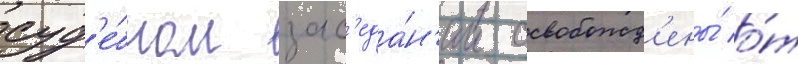
суд'е́бном зас'еда́н'ии освобожд'ены́ о́т